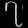
Digit: ၇